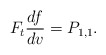
\begin{align*} F_t\frac{df}{dv}=P_{1,1}.\end{align*}